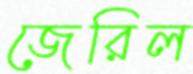
জেরিল